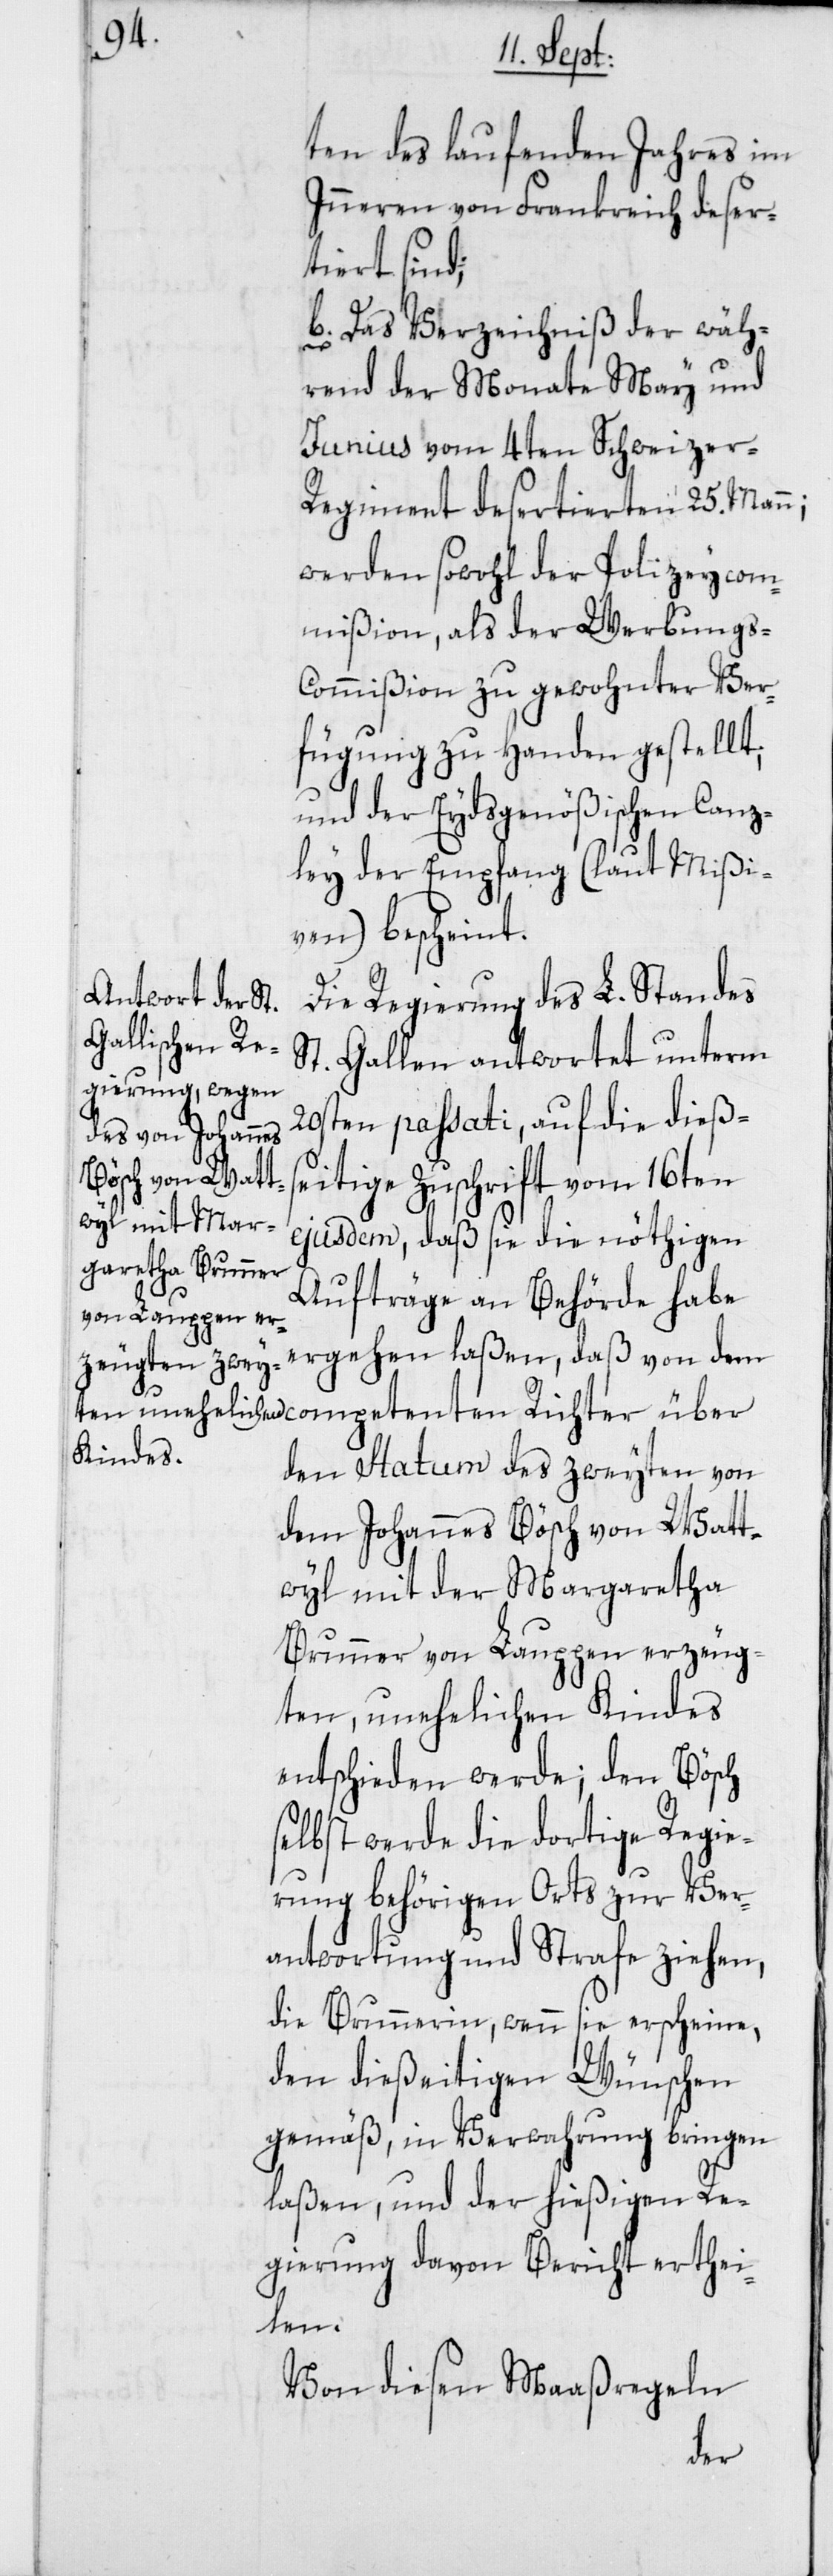
ten des laufenden Jahres im
Inneren von Frankreich deser¬
tiert sind;
b) Das Verzeichniß der wäh¬
rend der Monate May und
Junius vom 4ten Schweizer-R¬
egiment desertierten 25. Mann;
werden sowohl der Polizeycom¬
mißion, als der Werbungs-C¬
ommißion zu gewohnter Ver¬
fügung zu Handen gestellt;
und der Eydsgenößischen Canz¬
ley der Empfang (laut Mißi¬
ven) bescheint.
Die Regierung des L. Standes
St. Gallen antwortet unterm
20sten passati, auf die dießs¬
eitige Zuschrift vom 16ten
ejusdem, daß sie die nöthigen
Aufträge an Behörde habe
ergehen laßen, daß von dem
den Statum des zweyten von
dem Johannes Bösch von Watt¬
wyl mit der Margaretha
Brunner von Lauppen erzeug¬
ten, unehelichen Kindes
entschieden werde; den Bösch
selbst werde die dortige Regie¬
rung behörigen Orts zur Ver¬
antwortung und Strafe ziehen,
die Brunnerin, wenn sie erscheine,
den dießeitigen Wünschen
gemäß, in Verwahrung bringen
laßen, und der hießigen Re¬
gierung davon Bericht erthei¬
len.
Von diesen Maaßregeln